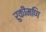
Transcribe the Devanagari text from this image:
रुकीमणि